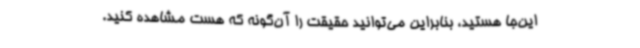
این‌جا هستید، بنابراین می‌توانید حقیقت را آن‌گونه که هست مشاهده کنید.